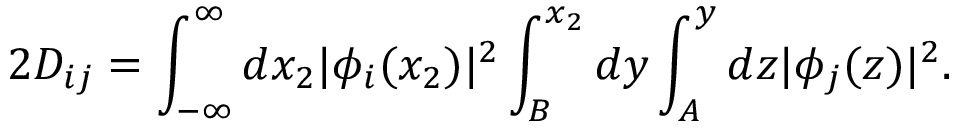
2 D _ { i j } = \int _ { - \infty } ^ { \infty } d x _ { 2 } | \phi _ { i } ( x _ { 2 } ) | ^ { 2 } \int _ { B } ^ { x _ { 2 } } d y \int _ { A } ^ { y } d z | \phi _ { j } ( z ) | ^ { 2 } .